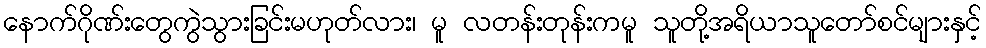
နောက်ဂိုဏ်းတွေကွဲသွားခြင်းမဟုတ်လား၊ မူ လတန်းတုန်းကမူ သူတို့အရိယာသူတော်စင်များနှင့်